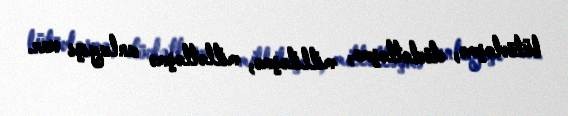
bütövləşmə, dövlətləşmə, milliləşmə, millətləşmə anlayışı var.